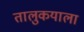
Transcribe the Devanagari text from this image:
तालुकयाला